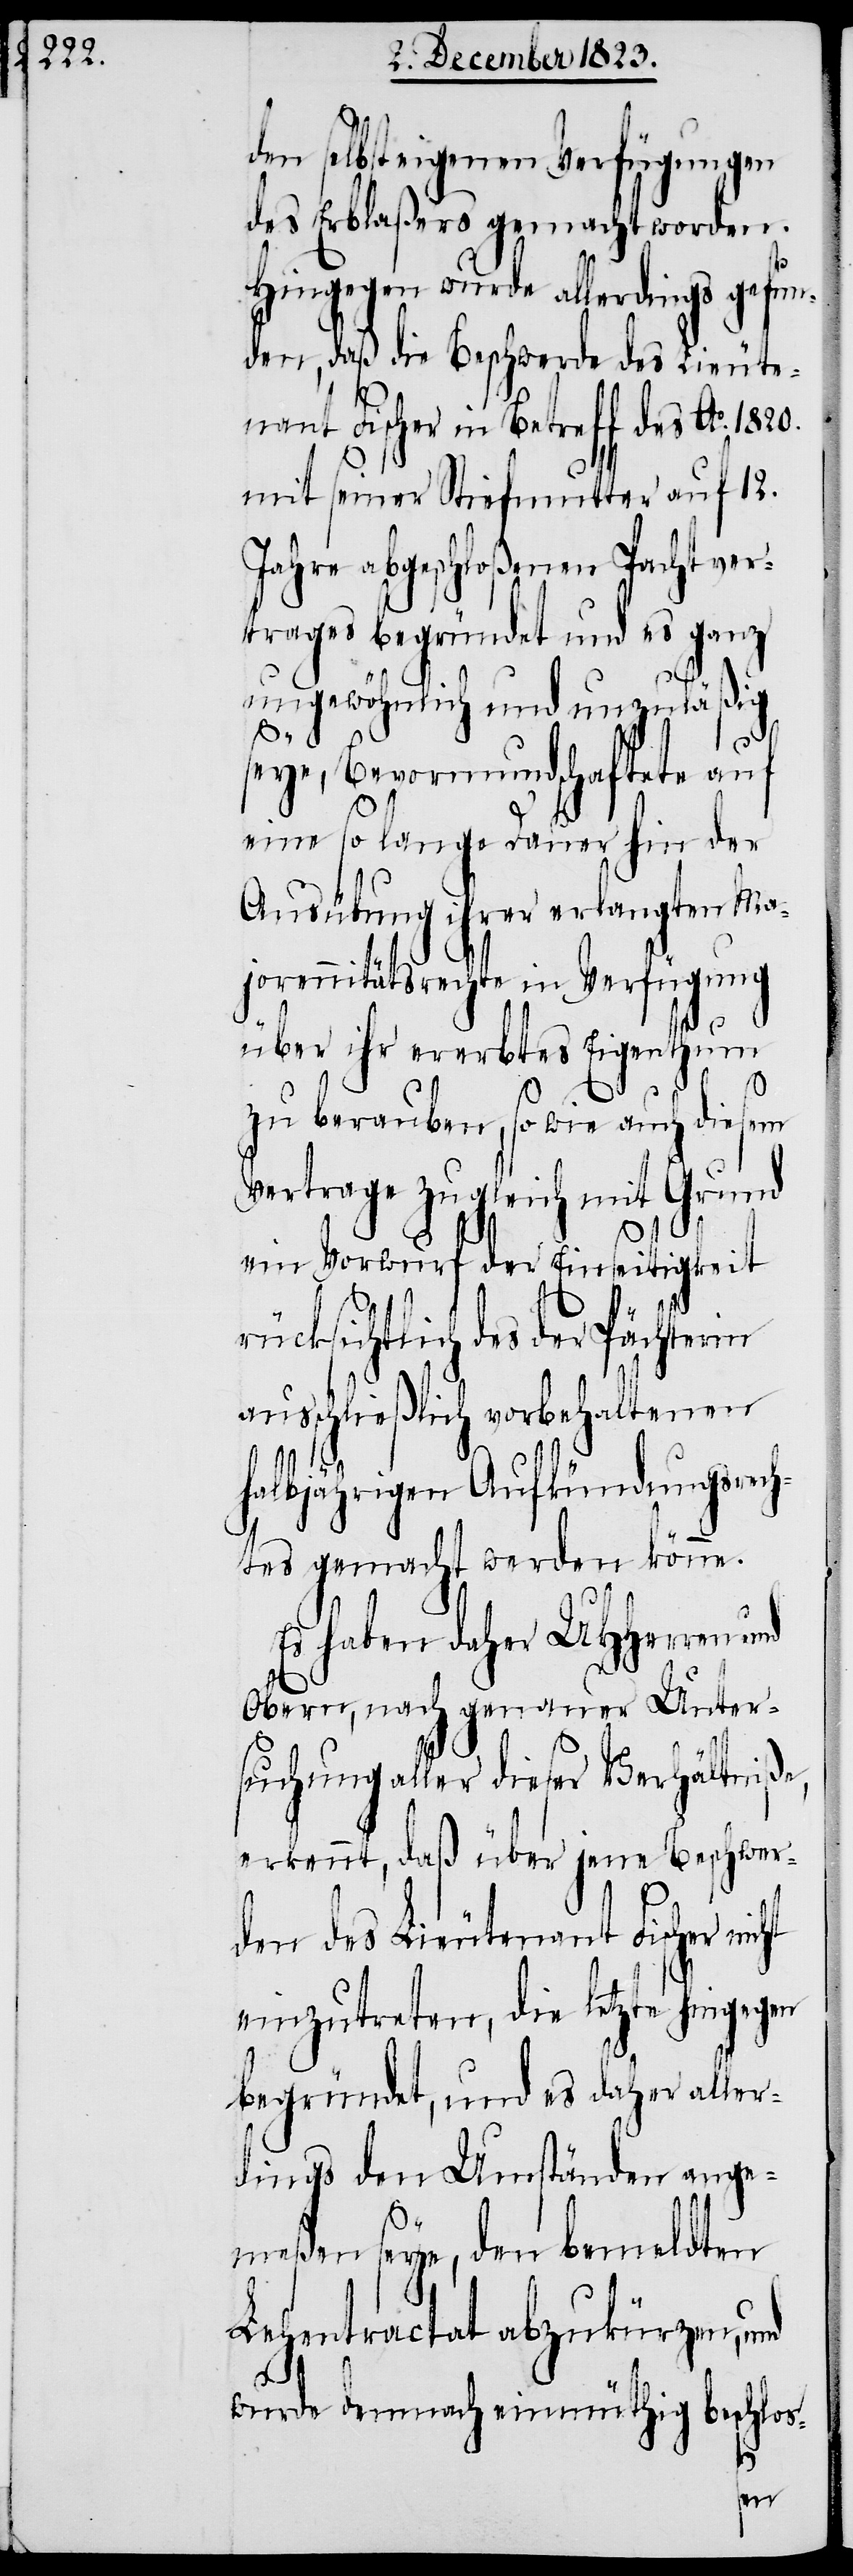
den selbsteigenen Verfügungen
des Erblaßers gemacht worden.
Hingegen wurde allerdings gefun¬
den, daß die Beschwerde des Lieute¬
nant Fischer in Betreff des Ao. 1820.
mit seiner Stiefmutter auf 12.
Jahre abgeschloßenen Pachtver¬
trages begründet und es ganz
ungewöhnlich und unzuläßig
seye, Bevormundschaftete auf
eine so lange Dauer hin der
Ausübung ihrer erlangten Ma¬
jorennitätsrechte in Verfügung
über ihr ererbtes Eigenthum
zu berauben, so wie auch diesem
Vertrage zugleich mit Grund
ein Vorwurf der Einseitigkeit
ücksichtlich des der Pächterin
ausschließlich vorbehaltenen
r¬
halbjährigen Aufkündungsrech¬
tes gemacht werden könne.
Es haben daher UHHerren und
Obern, nach genauer Unter¬
suchung aller dieser Verhältniße,
erkennt, daß über jene Beschwer¬
den des Lieutenant Fischer nicht
einzutreten, die letzte hingegen
begründet, und es daher aller¬
dings den Umständen ange¬
meßen seye, den bemeldten
Lehentractat abzukürzen,
wurde demnach einmüthig beschlos-